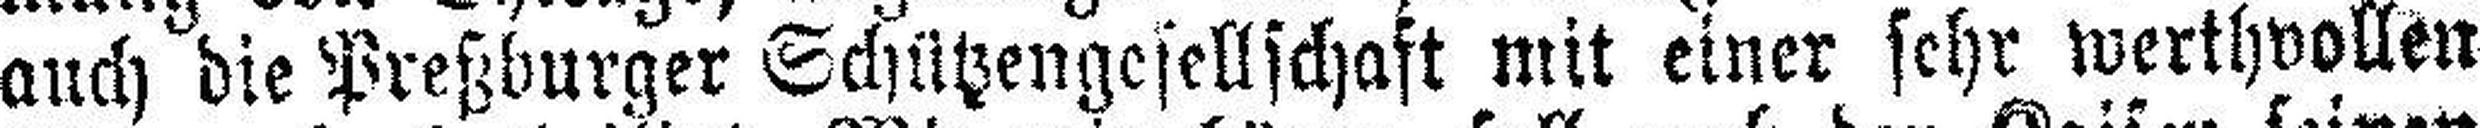
auch die Preßburger Schützengesellschaft mit einer sehr werthvollen